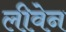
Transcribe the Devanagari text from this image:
लीवेन